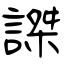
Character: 謋